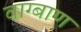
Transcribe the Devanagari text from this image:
वाग्बाण